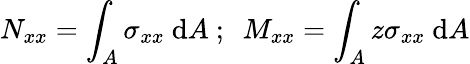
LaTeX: N_{xx}=\int_{A}\sigma_{xx}~\mathrm{d}A~;~~M_{xx}=\int_{A}z\sigma_{xx}~\mathrm{d}A